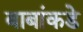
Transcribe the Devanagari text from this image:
बाबांकडे